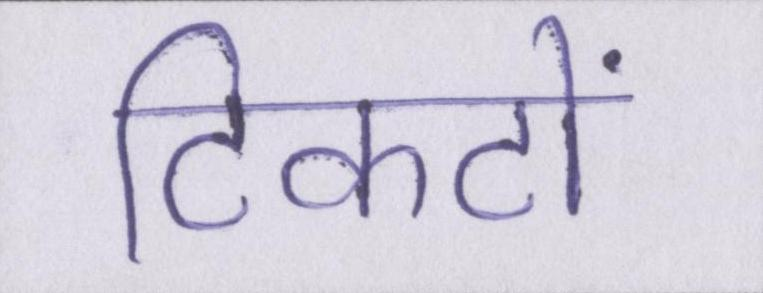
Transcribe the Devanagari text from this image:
टिकटों